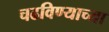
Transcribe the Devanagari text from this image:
चढविण्याच्या